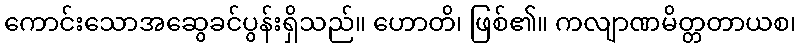
ကောင်းသောအဆွေခင်ပွန်းရှိသည်။ ဟောတိ၊ ဖြစ်၏။ ကလျာဏမိတ္တတာယစ၊